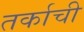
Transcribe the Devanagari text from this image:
तर्काची